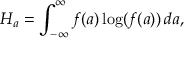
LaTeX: H _ { a } = \int _ { - \infty } ^ { \infty } f ( a ) \log ( f ( a ) ) \, d a ,